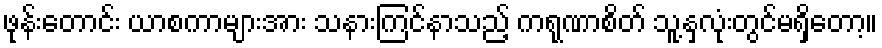
ဖုန်းတောင်း ယာစကာများအား သနားကြင်နာသည့် ကရုဏာစိတ် သူ့နှလုံးတွင်မရှိတော့။